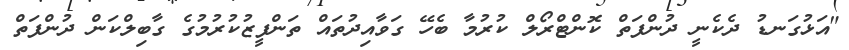
"އަޅުގަނޑު ދެކެނީ ދުންފަތް ކޮންޓްރޯލް ކުރުމާ ބެހޭ ގަވާއިދުތައް ތަންފީޒުކުރުމުގެ ގާބިލްކަން ދުންފަތް